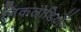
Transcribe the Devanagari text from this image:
निकलोडियॉन